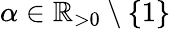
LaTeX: \alpha\in\mathbb{R}_{>0}\setminus\{ 1\}